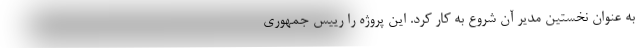
به عنوان نخستین مدیر آن شروع به کار کرد. این پروژه را رییس جمهوری